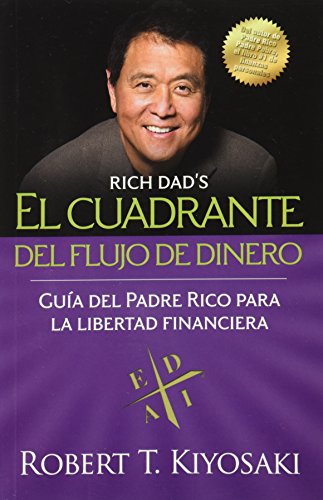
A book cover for El cuadrante del flujo de dinero (Negocios) (Spanish Edition); Robert T. Kiyosaki; Business & Money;